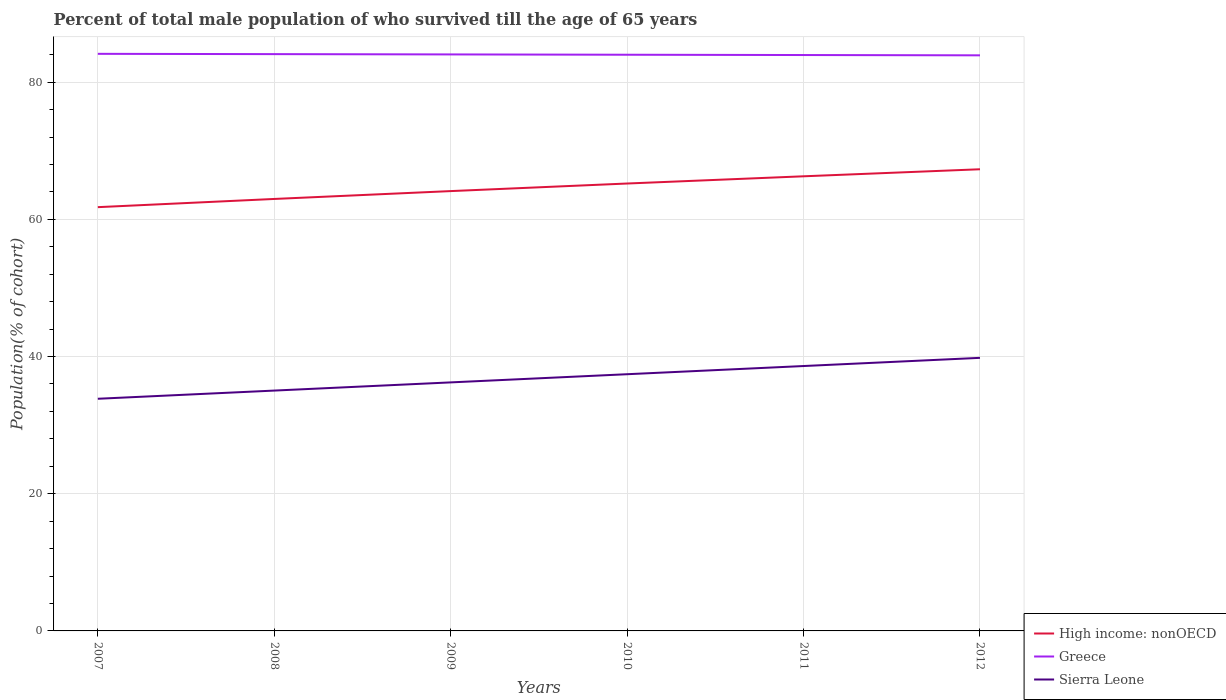
| Years | High income: nonOECD | Greece | Sierra Leone |
 | --- | --- | --- | --- |
 | 2007 | 61.8 | 84.1 | 33.8 |
 | 2008 | 63 | 84.1 | 35 |
 | 2009 | 64.1 | 84 | 36.2 |
 | 2010 | 65.2 | 84 | 37.4 |
 | 2011 | 66.3 | 83.9 | 38.6 |
 | 2012 | 67.3 | 83.9 | 39.8 |